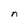
Character: n